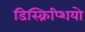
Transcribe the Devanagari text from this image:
डिस्क्रिप्शियो